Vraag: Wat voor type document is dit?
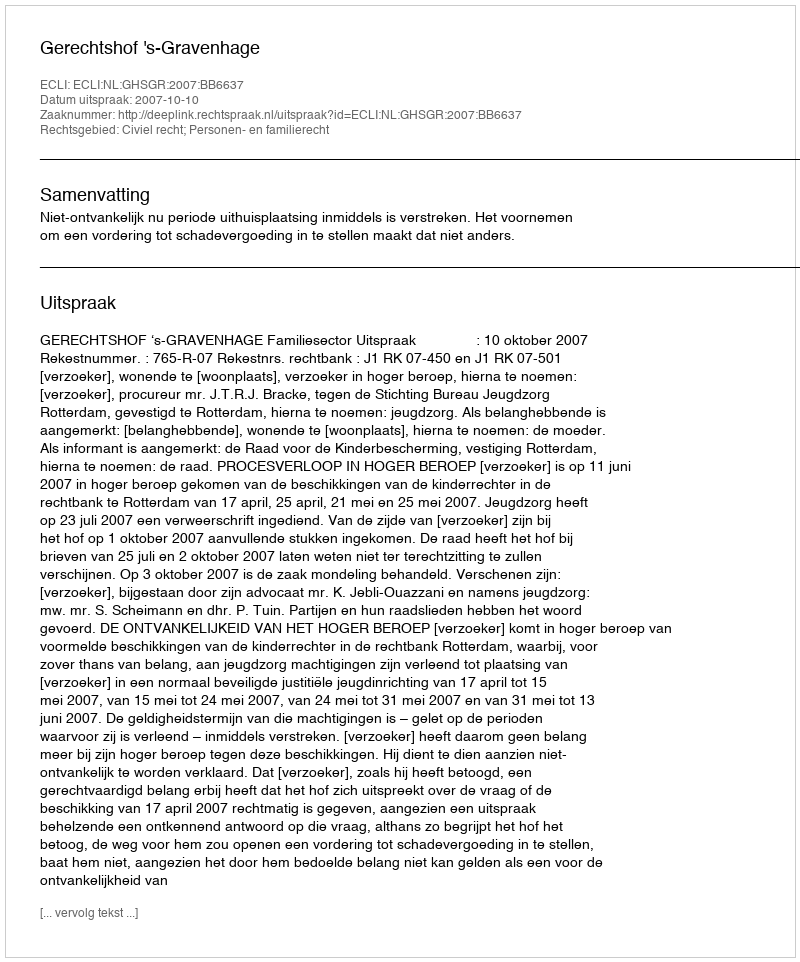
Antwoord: Uitspraak